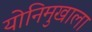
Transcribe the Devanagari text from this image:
योनिमुखाला